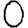
Digit: 0